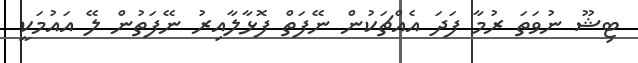
ޓިޝޫ ނުވަތަ ރުމާ ފަދަ އެއްޗަކުން ނޭފަތް ފޮޅާލާއިރު ނޭފަތުން ލޭ އައުމަކީ